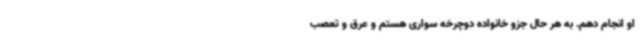
او انجام دهم. به هر حال جزو خانواده دوچرخه سواری هستم و عرق و تعصب